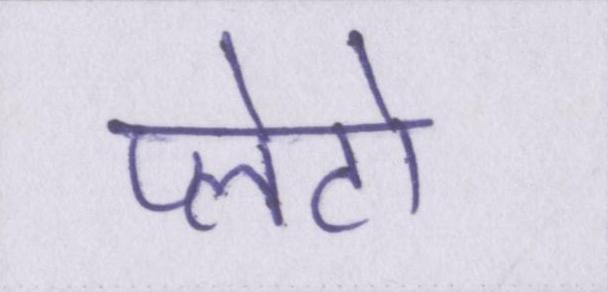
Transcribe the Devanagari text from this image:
प्लेटो